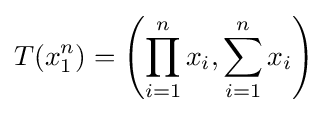
T(x_{1}^{n})=\left(\prod _{i=1}^{n}x_{i},\sum _{i=1}^{n}x_{i}\right)